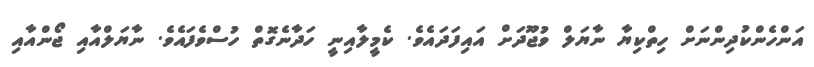
އަންހެންކުދިންނަށް ހިތްކިޔާ ނާޔަލް ވުޖޫދަށް އައިފަދައެވެ. ކެމީލާއިނީ ހަދާނެގޮތް ހުސްވެފައެވެ. ނާޔަލްއާއި ޖޯންއާއި